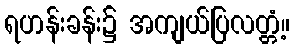
ရဟန်းခန်း၌ အကျယ်ပြလတ္တံ့။